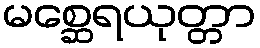
မစ္ဆေရယုတ္တာ